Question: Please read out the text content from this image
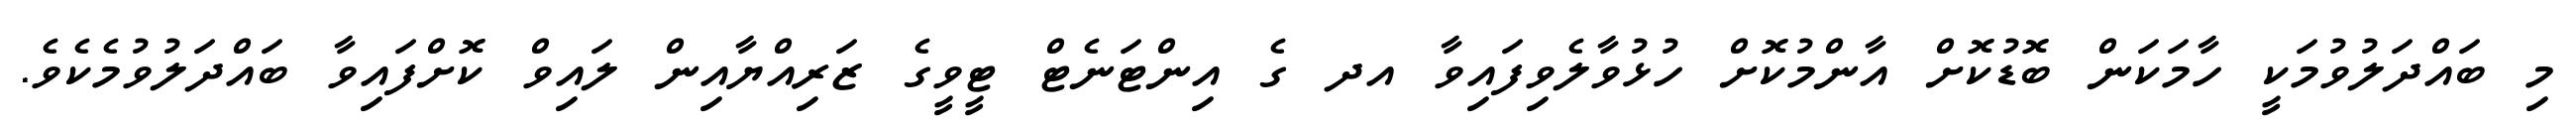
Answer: މި ބައްދަލުވުމަކީ ހާމަކަން ބޮޑުކޮށް އާންމުކޮށް ހުޅުވާލެވިފައިވާ އދ ގެ އިންޓަނެޓް ޓީވީގެ ޒަރިއްޔާއިން ލައިވް ކޮށްފައިވާ ބައްދަލުވުމެކެވެ.